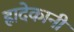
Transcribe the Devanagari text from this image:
ह्रादेकानी